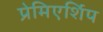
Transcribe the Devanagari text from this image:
प्रेमिएर्शिप